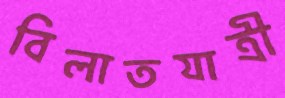
বিলাতযাত্রী